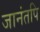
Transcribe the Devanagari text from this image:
जानंतपि